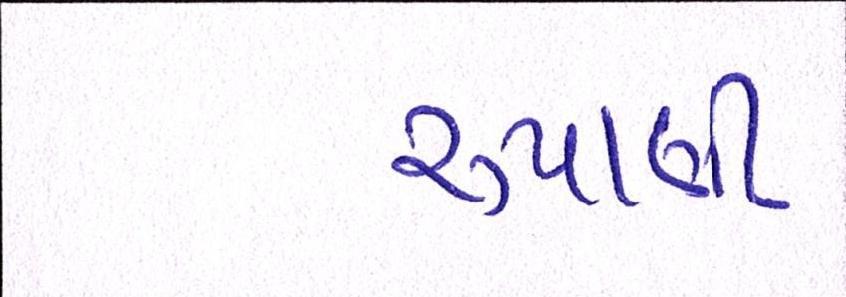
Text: રુપાણી